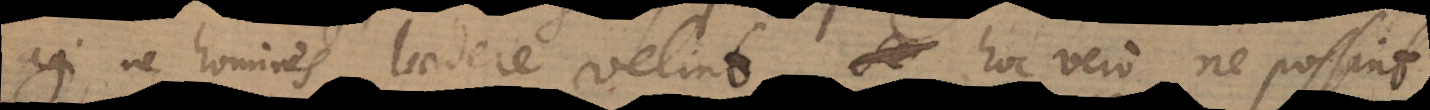
agi, ne homines laedere velint, hoc vero ne possint